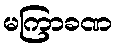
မကြာခဏ